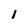
Character: 1